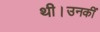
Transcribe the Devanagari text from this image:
थी।उनकीं